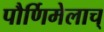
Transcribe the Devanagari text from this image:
पौर्णिमेलाच्